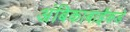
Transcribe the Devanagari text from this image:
अंबिकाबाईंकडे